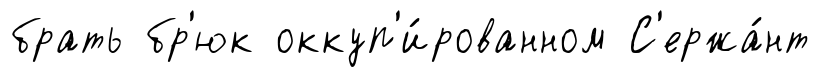
брать бр'юк оккуп'и́рованном С'ержа́нт